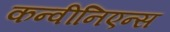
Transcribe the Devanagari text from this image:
कन्वीनिएन्स